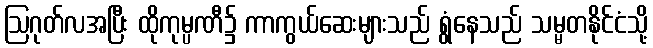
ဩဂုတ်လအပြီး ထိုကုမ္ပဏီ၌ ကာကွယ်ဆေးများသည် ရွံနေသည် သမ္မတနိုင်ငံသို့